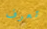
تعرف